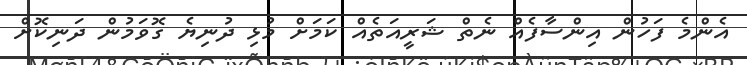
އެންމެ ފަހުން އިންސާފެއް ނެތް ޝަރީއަތެއް ކަމަށް މުޅި ދުނިޔެ ގޮވަމުން ދަނިކޮށް